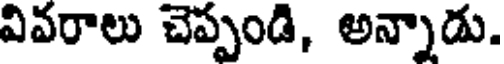
వివరాలు చెప్పండి, అన్నాడు,